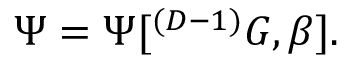
\Psi = \Psi [ ^ { ( D - 1 ) } { \cal G } , \beta ] .